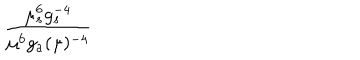
{ \frac { \mu _ { s } ^ { 6 } g _ { s } ^ { - 4 } } { \mu ^ { 6 } g _ { a } ( \mu ) ^ { - 4 } } }